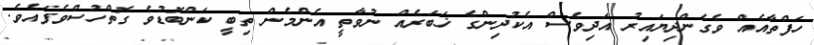
ހަފްތާއެއް ވެގެންދިޔައިރު އަދިވެސް އެކުދިންގެ ޚަބަރެއް ނުވާތީ އެންމެން ތިބީ ކަންބޮޑުވެ ގޮތްހުސްވެފައެވެ.